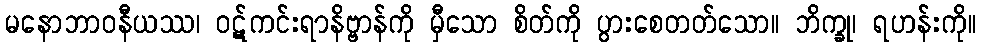
မနောဘာဝနီယဿ၊ ဝဋ်ကင်းရာနိဗ္ဗာန်ကို မှီသော စိတ်ကို ပွားစေတတ်သော။ ဘိက္ခု၊ ရဟန်းကို။